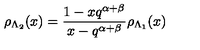
\rho _ { \Lambda _ { 2 } } ( x ) = \frac { 1 - x q ^ { \alpha + \beta } } { x - q ^ { \alpha + \beta } } \rho _ { \Lambda _ { 1 } } ( x )